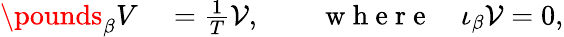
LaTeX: \begin{array}{rl}{\pounds_{\beta}V}&{{}=\frac 1T{\cal V},\qquad\mathrm{~w~h~e~r~e~}\quad\iota_{\beta}{\cal V}=0,}\end{array}